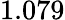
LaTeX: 1.079